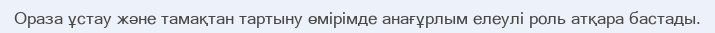
Ораза ұстау және тамақтан тартыну өмірімде анағұрлым елеулі роль атқара бастады.